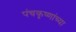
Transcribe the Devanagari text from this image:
पंचकृष्णांच्या